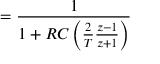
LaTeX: = { \frac { 1 } { 1 + R C \left( { \frac { 2 } { T } } { \frac { z - 1 } { z + 1 } } \right) } }